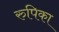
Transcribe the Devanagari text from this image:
रुपिका